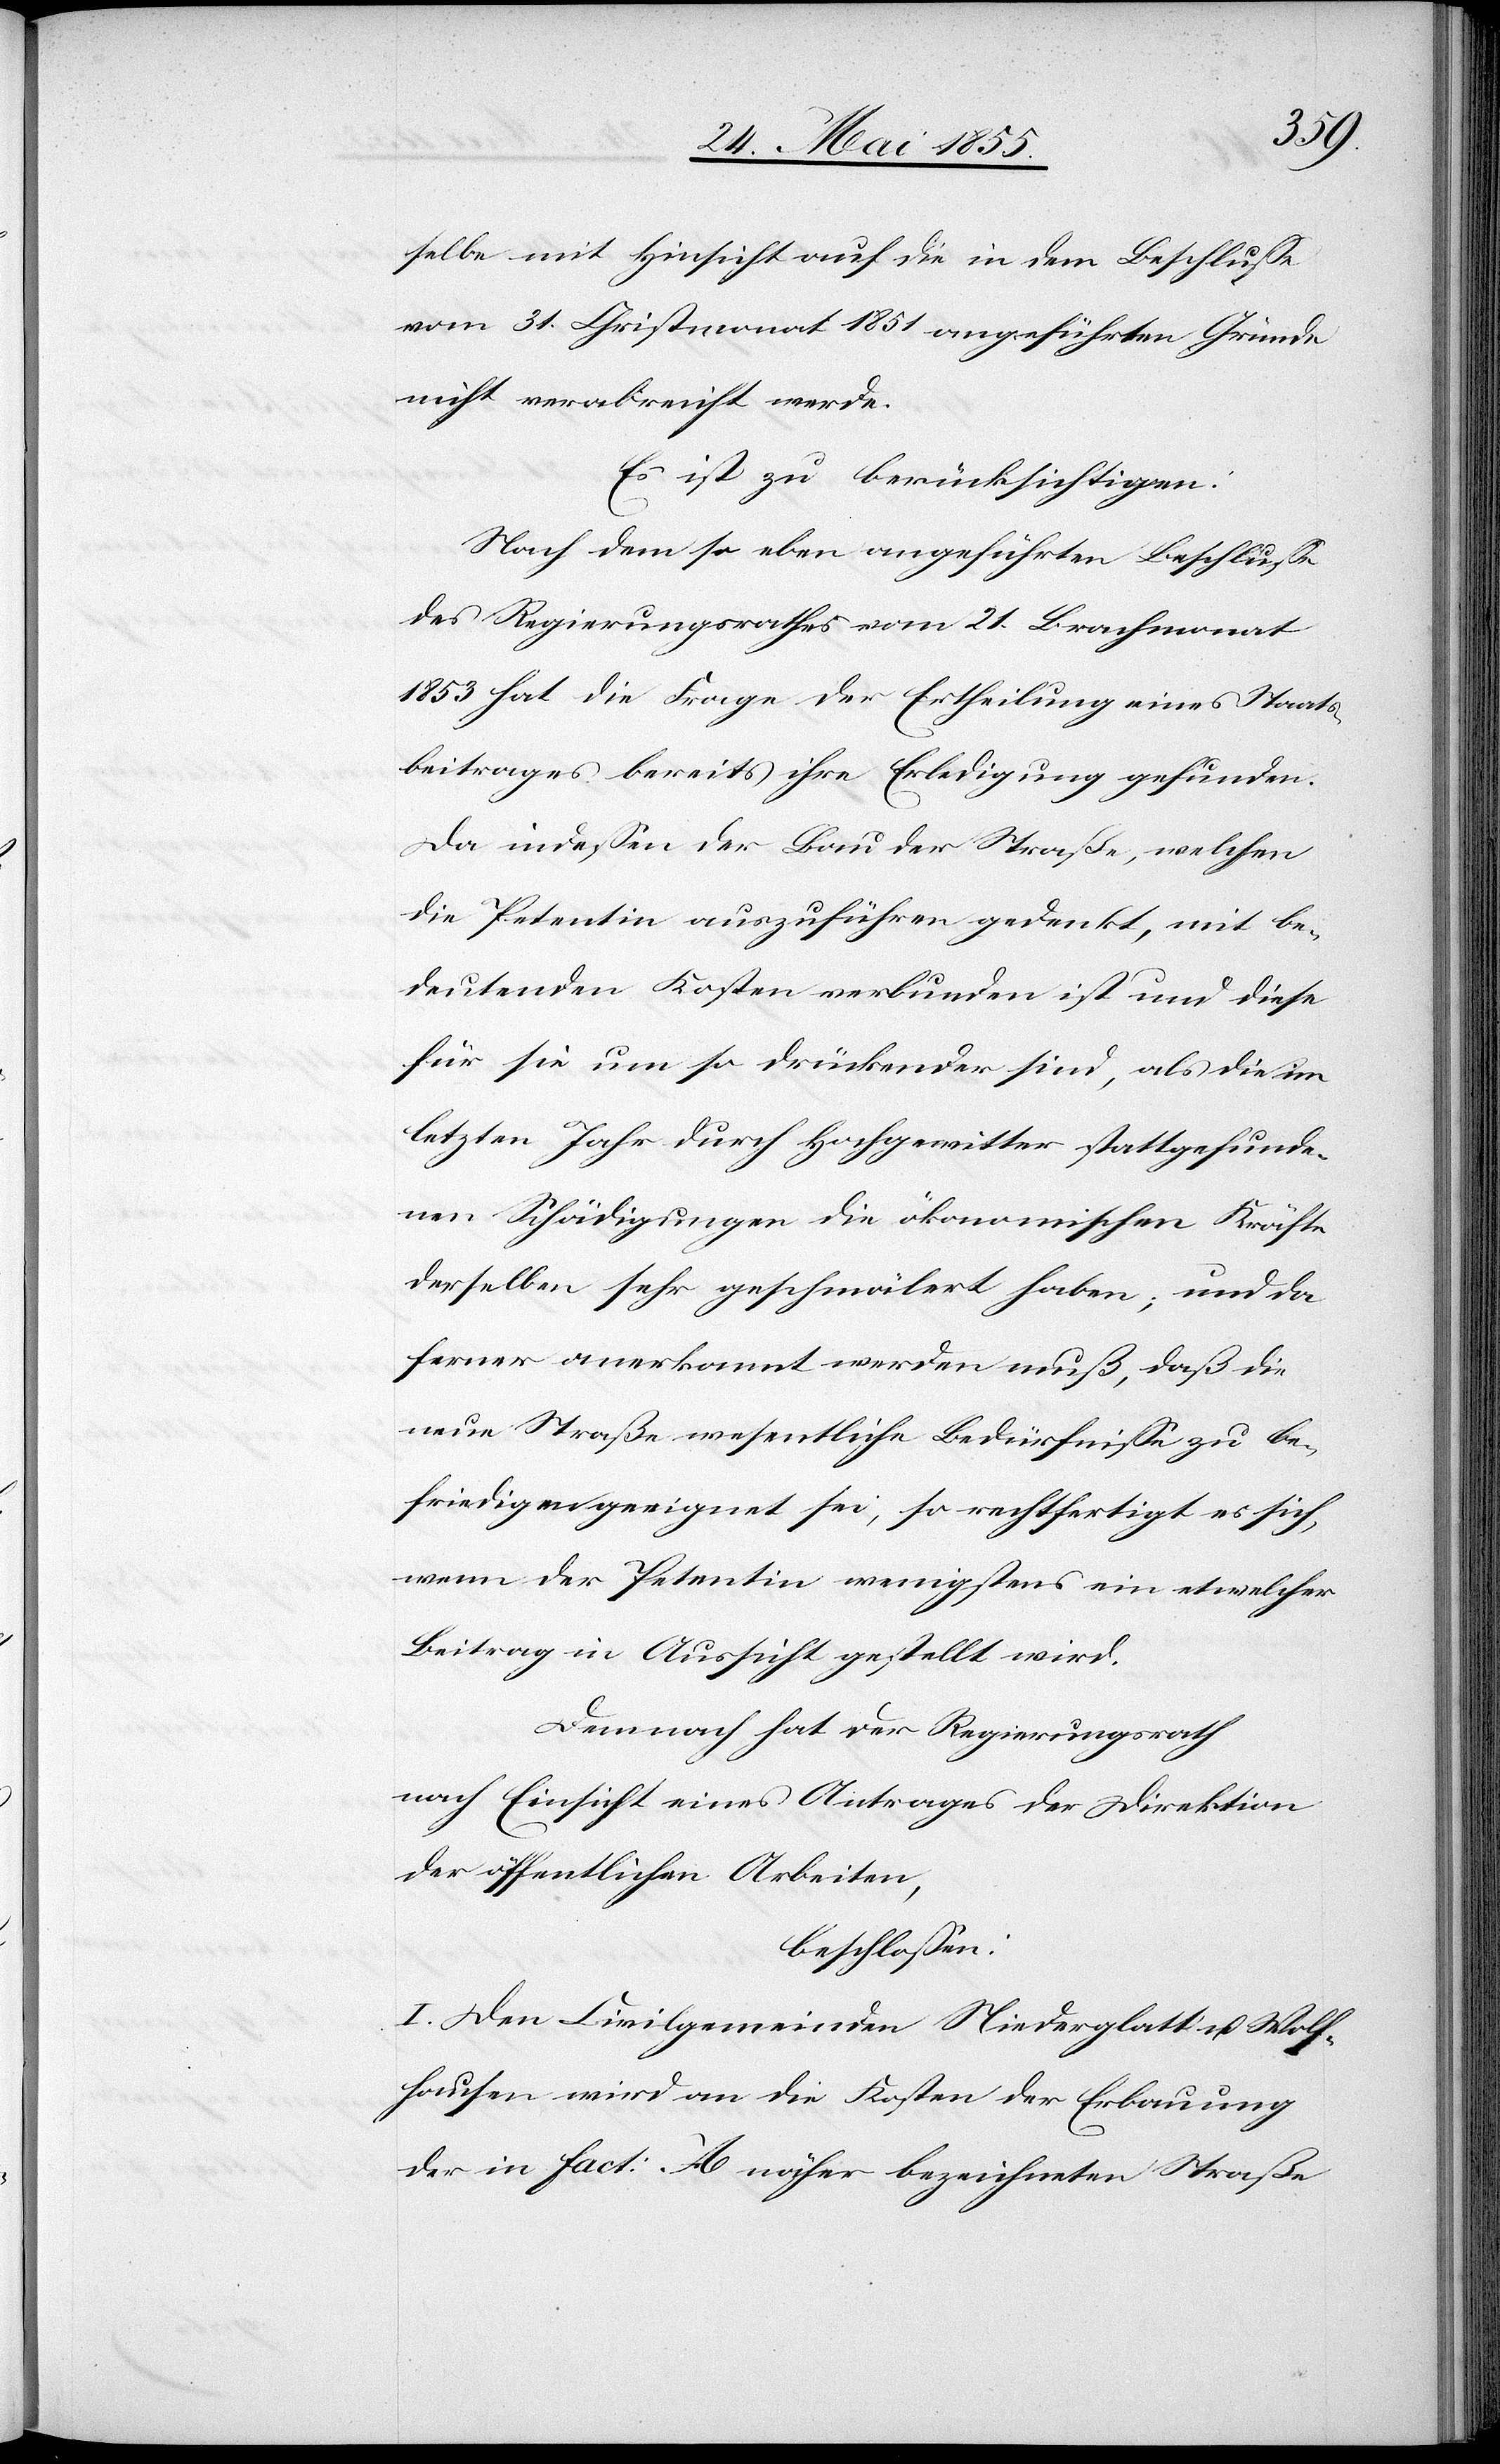
selbe mit Hinsicht auf die in dem Beschlusse
vom 31. Christmonat 1851 angeführten Gründe
nicht verabreicht werde.
Es ist zu berücksichtigen:
Nach dem so eben angeführten Beschlusse
des Regierungsrathes vom 21. Brachmonat
1853 hat die Frage der Ertheilung eines Staats¬
beitrages bereits ihre Erledigung gefunden.
Da indessen der Bau der Straße, welchen
die Petentin auszuführen gedenkt, mit be¬
deutenden Kosten verbunden ist und diese
für sie um so drückender sind, als die im
letzten Jahr durch Hochgewitter stattgefunde¬
nen Schädigungen die ökonomischen Kräfte
derselben sehr geschmälert haben; und da
ferner anerkannt werden muß, daß die
neue Straße wesentliche Bedürfnisse zu be¬
friedigen geeignet sei, so rechtfertigt es sich,
wenn der Petentin wenigstens ein etwelcher
Beitrag in Aussicht gestellt wird.
Demnach hat der Regierungsrath
nach Einsicht eines Antrages der Direktion
der öffentlichen Arbeiten,
beschlossen:
I. Den Civilgemeinden Niederglatt u. Wolf¬
hausen wird an die Kosten der Erbauung
der in Fact: A näher bezeichneten Straße